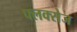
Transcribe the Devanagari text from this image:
फ्लक्‍सेज